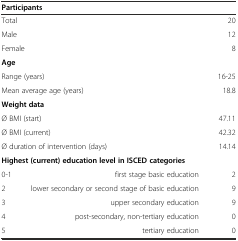
<table><thead><tr><td colspan="3"><b>Participants</b></td></tr></thead><tbody><tr><td colspan="2">Total</td><td>20</td></tr><tr><td colspan="2">Male</td><td>12</td></tr><tr><td colspan="2">Female</td><td>8</td></tr><tr><td colspan="3"><b>Age</b></td></tr><tr><td colspan="2">Range (years)</td><td>16-25</td></tr><tr><td colspan="2">Mean average age (years)</td><td>18.8</td></tr><tr><td colspan="3"><b>Weight data</b></td></tr><tr><td colspan="2">Ø BMI (start)</td><td>47.11</td></tr><tr><td colspan="2">Ø BMI (current)</td><td>42.32</td></tr><tr><td colspan="2">Ø duration of intervention (days)</td><td>14.14</td></tr><tr><td colspan="3"><b>Highest (current) education level in ISCED categories</b></td></tr><tr><td>0-1</td><td>first stage basic education</td><td>2</td></tr><tr><td>2</td><td>lower secondary or second stage of basic education</td><td>9</td></tr><tr><td>3</td><td>upper secondary education</td><td>9</td></tr><tr><td>4</td><td>post-secondary, non-tertiary education</td><td>0</td></tr><tr><td>5</td><td>tertiary education</td><td>0</td></tr></tbody></table>